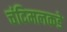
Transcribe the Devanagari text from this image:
चंदिमलकडे